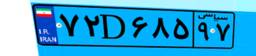
۲۳D۸۸۴۲۴